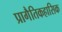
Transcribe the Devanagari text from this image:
प्रागैतिकहासिक